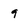
Character: 9